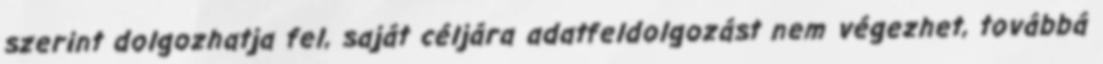
szerint dolgozhatja fel, saját céljára adatfeldolgozást nem végezhet, továbbá